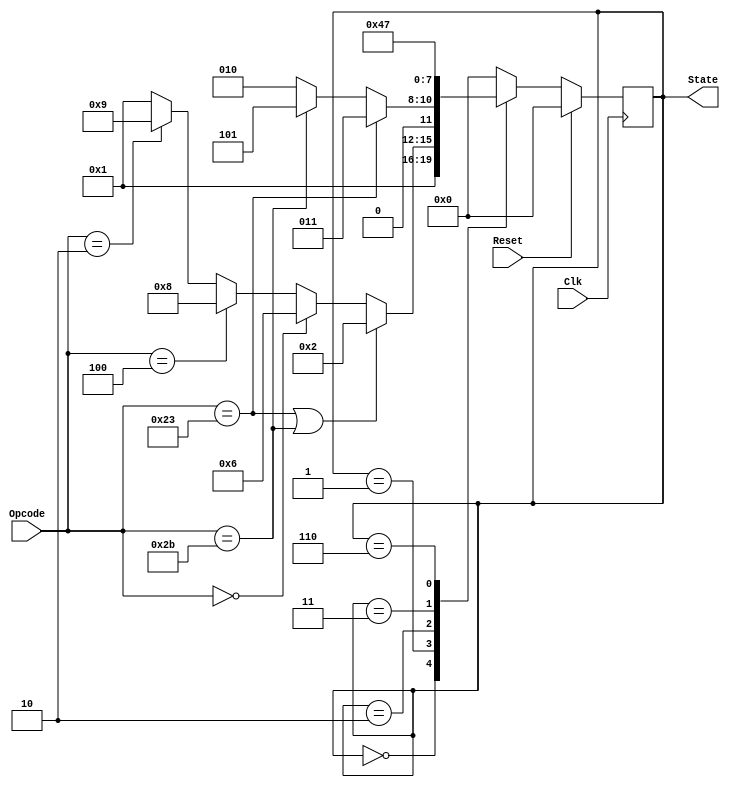
`timescale 1ns / 1ps
//////////////////////////////////////////////////////////////////////////////////
// Company: 
// Engineer: 
// 
// Design Name: 
// Module Name:    FSM 
// Project Name: 
// Target Devices: 
// Tool versions: 
// Description: 
//
// Dependencies: 
//
// Revision: 
// Revision 0.01 - File Created
// Additional Comments: 
//
//////////////////////////////////////////////////////////////////////////////////
module FSM(Opcode, Clk, Reset, State);

input				[5:0]	Opcode;
input						Clk, Reset;

output	reg	[3:0]	State;

parameter	LW = 6'b100011, SW = 6'b101011, J = 6'b000010, BEQ = 6'b000100, R_type = 6'b000000;

always @ (posedge Clk)

begin:	FSM

if (Reset)
	begin
	State <= 0;
	end 

else
	case (State)
	
	4'd0:	State <= 4'd1;
	
	4'd1: 
			if ((Opcode == LW) || (Opcode == SW))
				State <= 4'd2;
			else	if (Opcode == R_type)
				State <= 4'd6;
			else  if (Opcode == BEQ)
				State <= 4'd8;
			else  if (Opcode == J)
				State <= 4'd9;
			else  State <= 4'd1;
			
	4'd2:
			if (Opcode == LW)
				State <= 4'd3;
			else if (Opcode == SW)
				State <= 4'd5;
			else State <= 4'd2;
			
	4'd3:
			State <= 4'd4;
	
	4'd4:
			State <= 4'd0;
	
	4'd5:
			State <= 4'd0;
			
	4'd6:
			State <= 4'd7;
			
	4'd7:
			State <= 4'd0;

	4'd8:
			State <= 4'd0;

	4'd9:
			State <= 4'd0;

	default: State <= 4'd0;
	
	endcase
	
end

endmodule